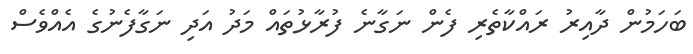
ބަހަމުން ދާއިރު ރައްކާތެރި ފެން ނަގާނެ ފުރާޅުތައް މަދު އަދި ނަގާފެނުގެ އެއްވެސް